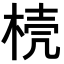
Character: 𣓘